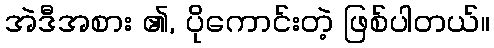
အဲဒီအစား ၏, ပိုကောင်းတဲ့ ဖြစ်ပါတယ်။